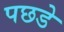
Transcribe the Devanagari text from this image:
पछडे